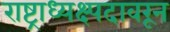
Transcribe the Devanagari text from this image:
राष्ट्राध्यक्ष्पदावरून